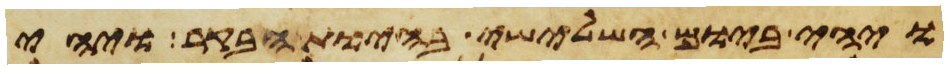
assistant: ויהי ביום השלישי בהיות הבקר ויהי